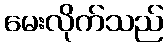
မေးလိုက်သည်